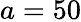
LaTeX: a=50